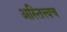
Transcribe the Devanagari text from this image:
अस्तित्त्वच